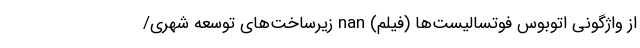
از واژگونی اتوبوس فوتسالیست‌ها (فیلم) nan زیرساخت‌های توسعه شهری/